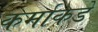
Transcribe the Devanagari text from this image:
कर्माकडे